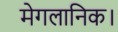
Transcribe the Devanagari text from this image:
मेगलानिक।